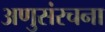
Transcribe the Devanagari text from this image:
अणुसंरचना